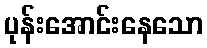
ပုန်းအောင်းနေသော